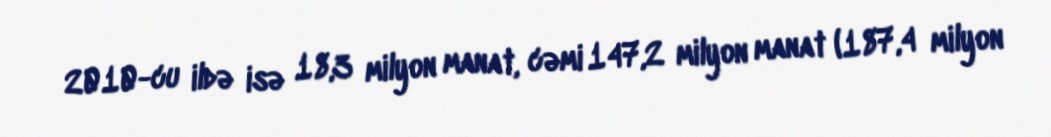
2010-cu ildə isə 18,3 milyon manat, cəmi 147,2 milyon manat (187,4 milyon